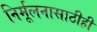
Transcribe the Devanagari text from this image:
निर्मूलनासाठीही